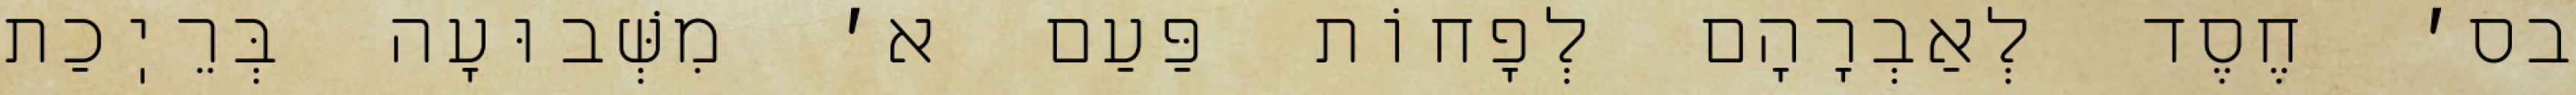
בס׳ חֶסֶד לְאַבְרָהָם לְפָחוֹת פַּעַם א׳ מִשְּׁבוּעָה בְּרֵיֽכַת